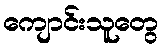
ကျောင်းသူတွေ